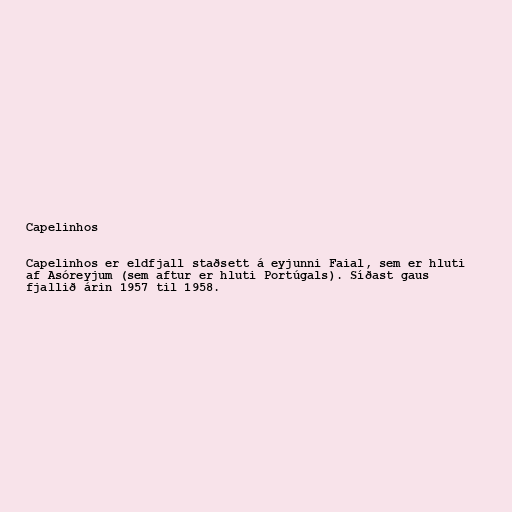
Capelinhos

Capelinhos er eldfjall staðsett á eyjunni Faial, sem er hluti
af Asóreyjum (sem aftur er hluti Portúgals). Síðast gaus
fjallið árin 1957 til 1958.